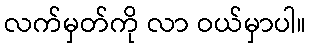
လက်မှတ်ကို လာ ဝယ်မှာပါ။